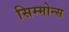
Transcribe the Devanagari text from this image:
सिम्मोन्स